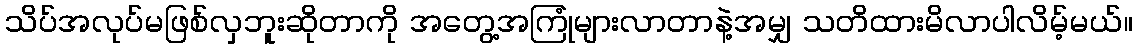
သိပ်အလုပ်မဖြစ်လှဘူးဆိုတာကို အတွေ့အကြုံများလာတာနဲ့အမျှ သတိထားမိလာပါလိမ့်မယ်။